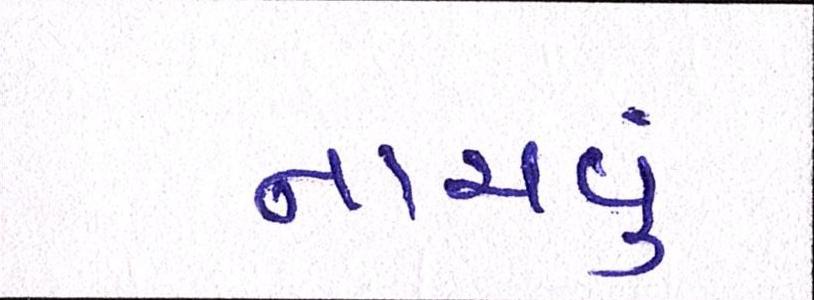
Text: નાચવું